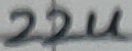
Text: 22u